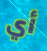
أي